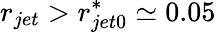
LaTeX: r_{jet}>r_{jet0}^{*}\simeq 0.05